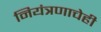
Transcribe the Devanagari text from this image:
नियंत्रणाचेही